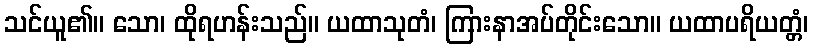
သင်ယူ၏။ သော၊ ထိုရဟန်းသည်။ ယထာသုတံ၊ ကြားနာအပ်တိုင်းသော။ ယထာပရိယတ္တံ၊